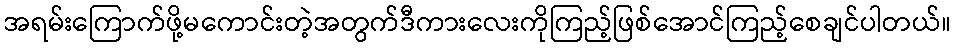
အရမ်းကြောက်ဖို့မကောင်းတဲ့အတွက်ဒီကားလေးကိုကြည့်ဖြစ်အောင်ကြည့်စေချင်ပါတယ်။